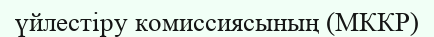
үйлестіру комиссиясының (МККР)